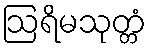
ဩရိမသုတ္တံ